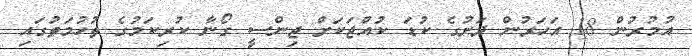
އުމުރުން 18 އަހަރުން ދަށުގެ ކުޑަ ކުއްޖަކަށް ޖިންސީ ގޯނާ ކުރިކަމުގެ ތުހުމަތުގައި